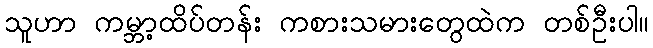
သူဟာ ကမ္ဘာ့ထိပ်တန်း ကစားသမားတွေထဲက တစ်ဦးပါ။